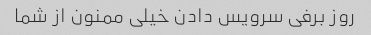
روز برفی سرویس دادن خیلی ممنون از شما